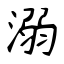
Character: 溺